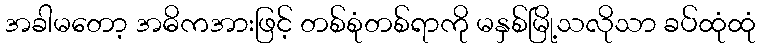
အခါမတော့ အဓိကအားဖြင့် တစ်စုံတစ်ရာကို မနှစ်မြို့သလိုသာ ခပ်ထုံထုံ